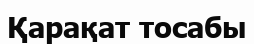
Қарақат тосабы